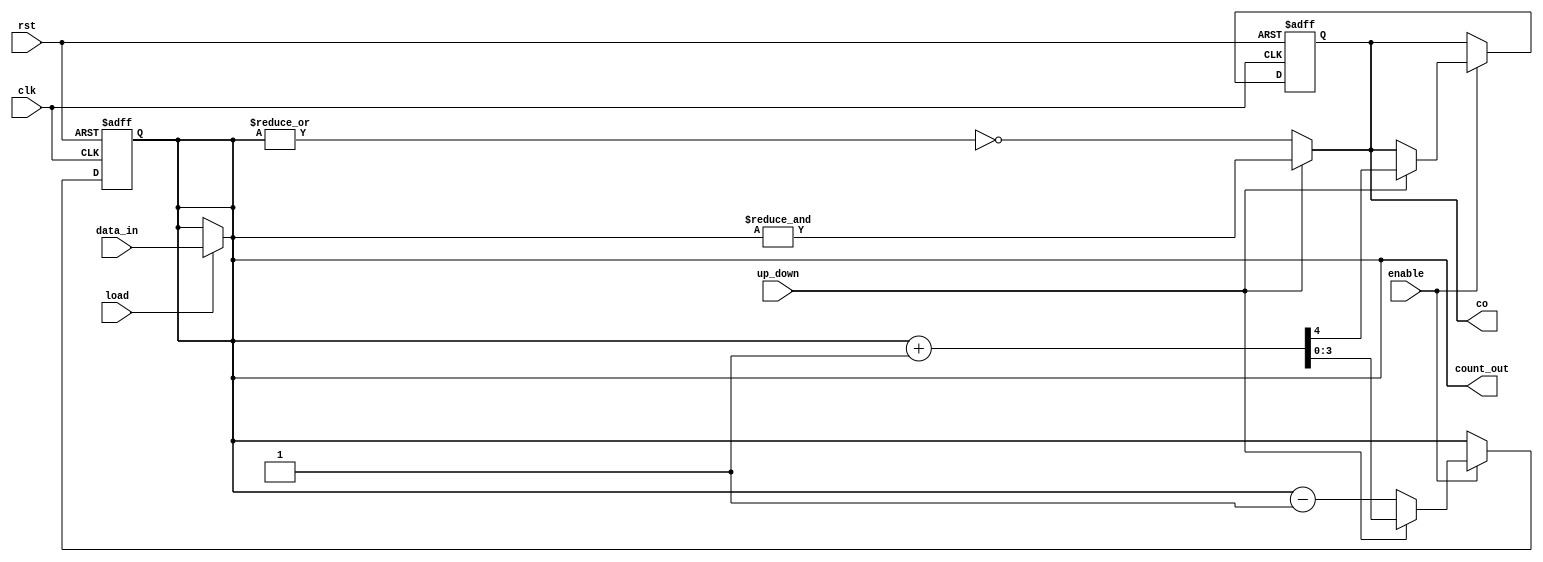
module UpDownCounter #(parameter WIDTH = 4) (
    input wire clk,          // Clock input
    input wire rst,          // Reset input
    input wire load,         // Load input
    input wire enable,       // Enable input
    input wire up_down,      // Up/Down control input
    input wire [WIDTH-1:0] data_in,   // Data input for loading
    output reg co,           // Carry output
    output reg [WIDTH-1:0] count_out // Output count
);

    always @(posedge clk or posedge rst) begin
        if (rst) begin
            {co,count_out} <= {(WIDTH+1){1'b0}};
        end else if (enable) begin
            if (up_down) begin
                {co,count_out} <= count_out + 1;
            end else begin
                count_out <= count_out - 1;
            end
        end
    end

    assign count_out = load? data_in: count_out;
    assign co = up_down? &count_out: ~|count_out;
endmodule